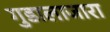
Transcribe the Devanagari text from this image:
गुडालाजारा